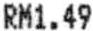
RM1.49